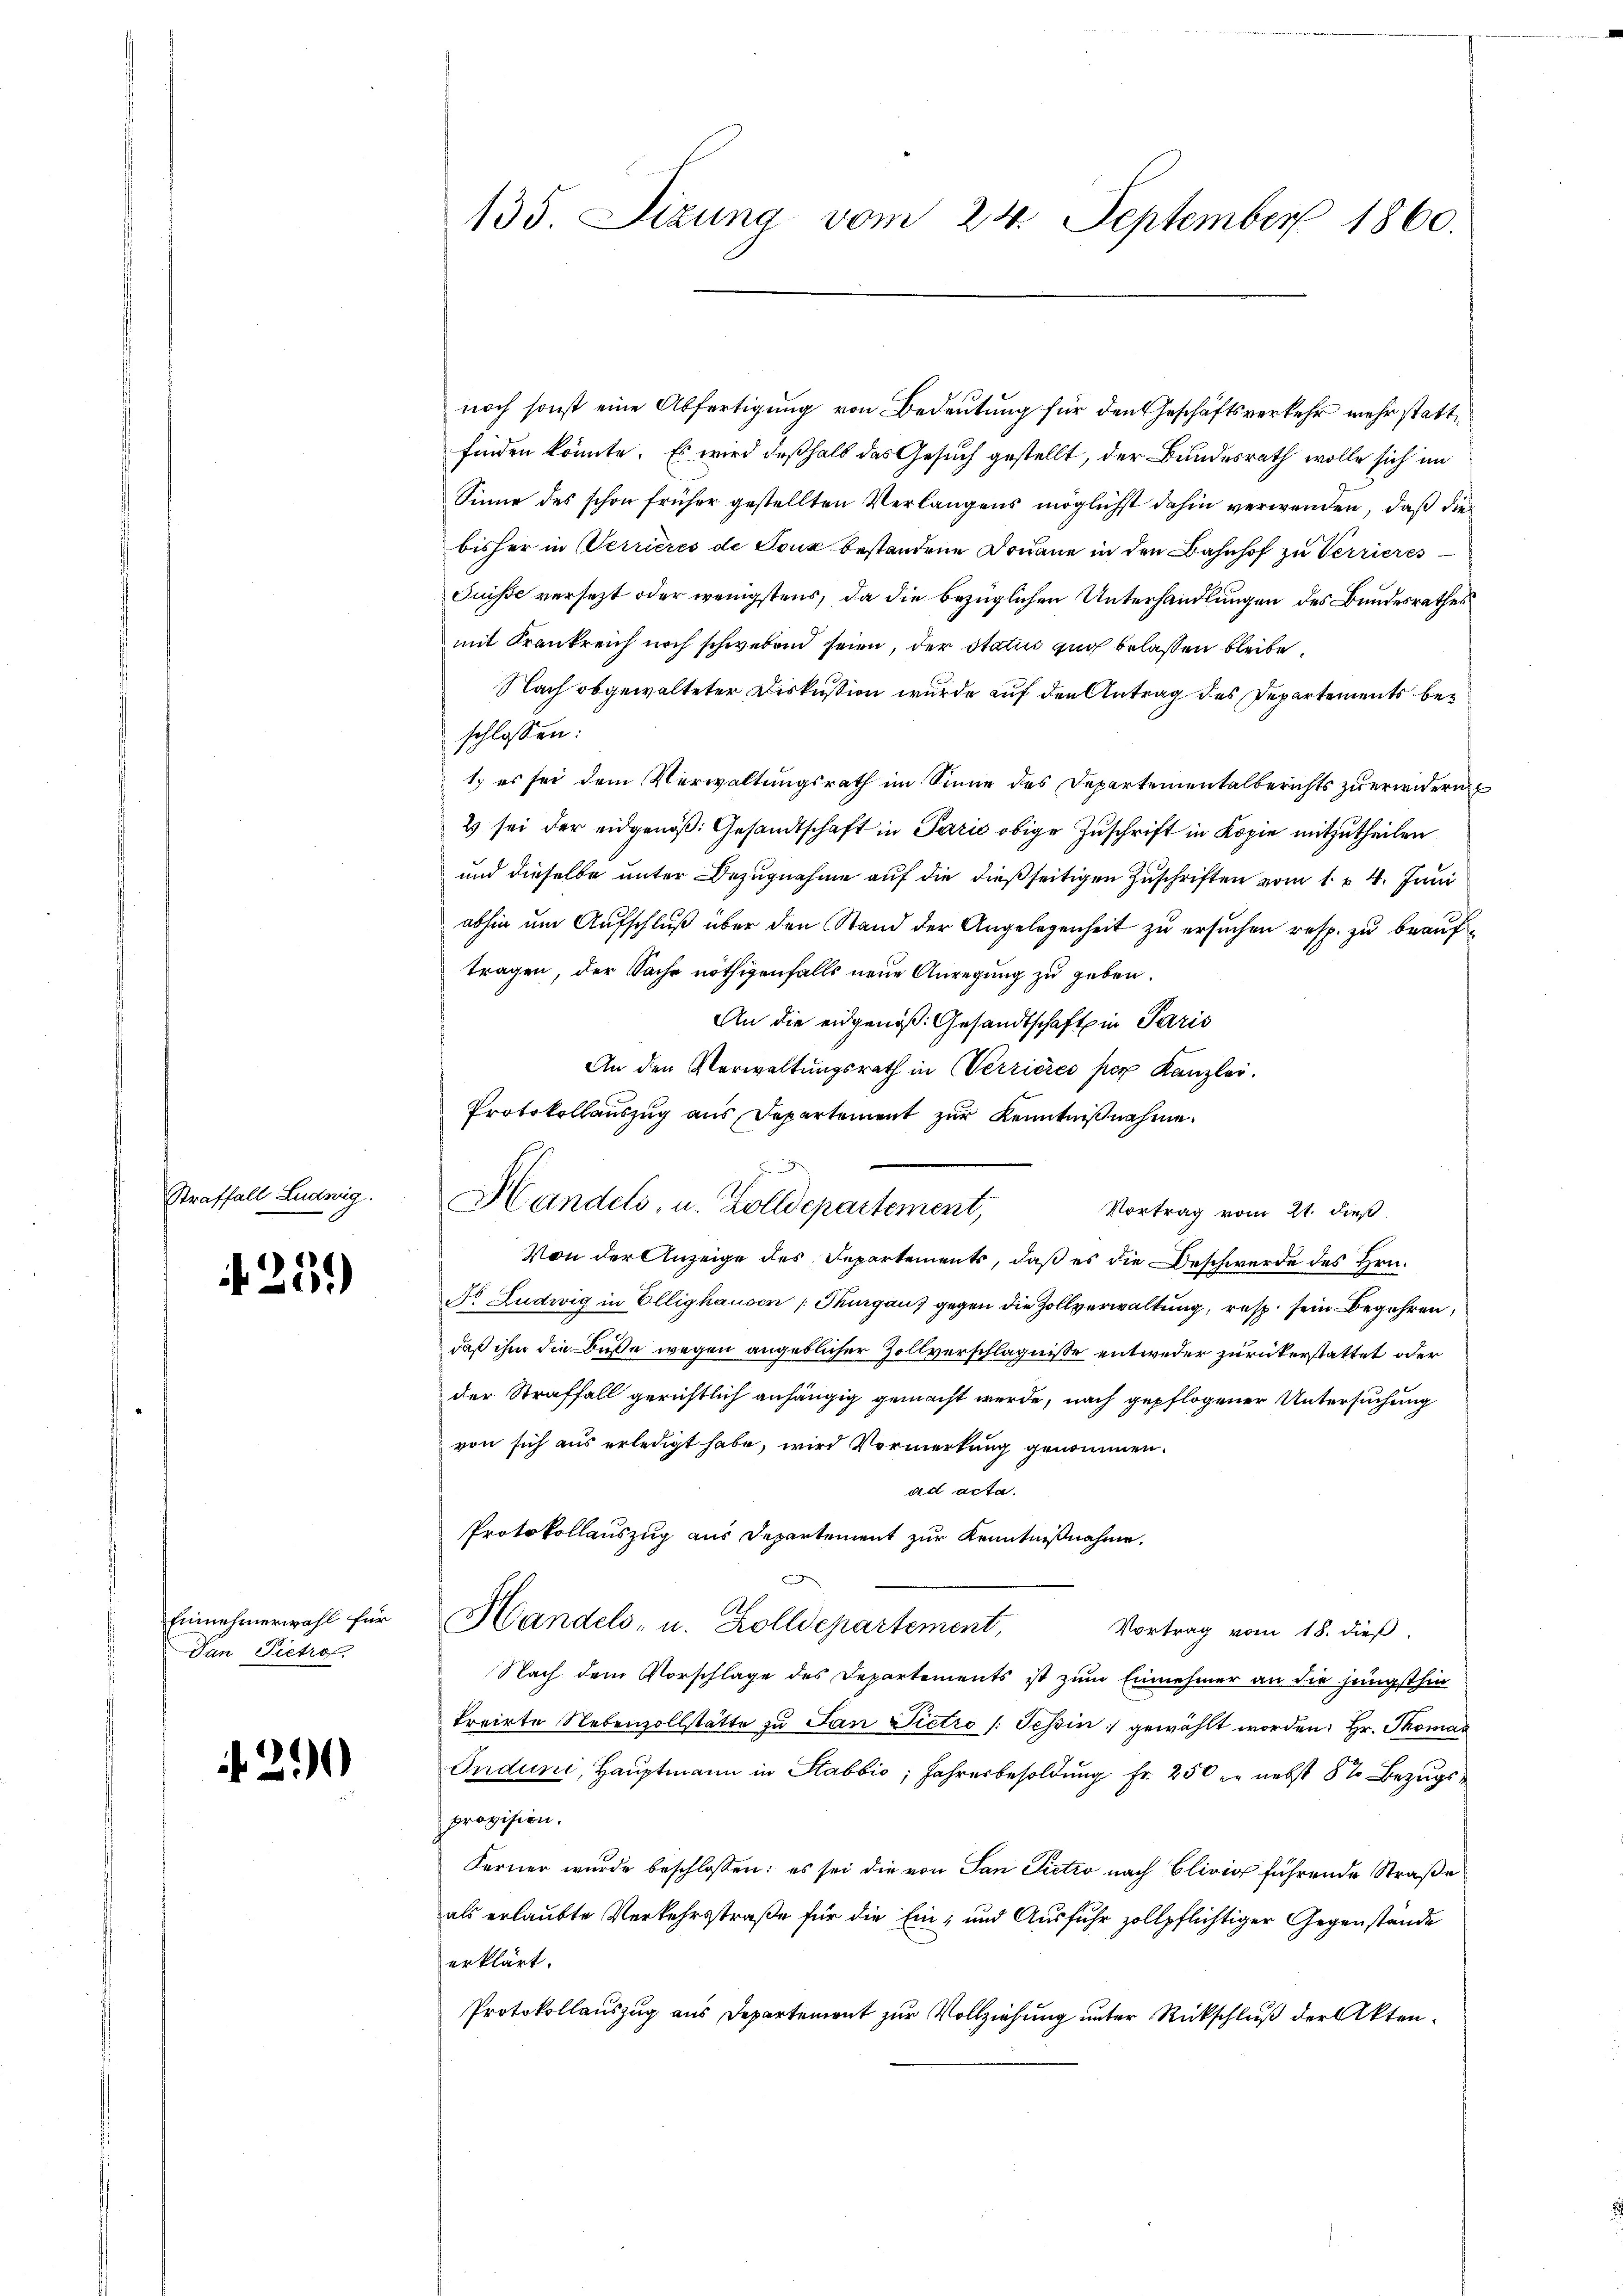
Straffall Ludring.

f259)

Einnehmerwahl für
Dan Pietro

29

135 Sizung vom 24. September 1860.

noch sonst eine Abfertigung von Bedeutung für den Geschäftsverkehr mehr stattfinden könnte. Es wird deßhalb das Gesuch gestellt, der Bundesrath wolle sich im
Sinne des schon früher gestellten Verlangens möglichst dahin verwenden, daß die
bisher in Terrieres de Tonk bestandene Donaue in den Bahnhof zu Verrieres
Puisse versezt oder wenigstens, da die bezüglichen Unterhandlungen des Bundesrathes
mit Krankreich noch schwebend seien, der Status zur belassen bleibe,
Nach obgewalteter Diskussion wurde auf den Antrag des Departements beschlossen:
1.) es sei dem Verwaltungsrath im Sinne des Departementalberichts zu erwidern
2 sei der eidgenöß: Gesandtschaft in Parić obige Zuschrift in Kopie mitzutheilen
und dieselbe unter Bezugnahme auf die dießseitigen Zuschriften vom 1. v. 4. Juni
abhin um Aufschluß über den Stand der Angelegenheit zu ersuchen resp. zu beauf
tragen, der Sache nöthigenfalls neue Anregung zu geben.
An die eidgenoß. Gesandtschaft in Paris
An den Verwaltungsrath in Verrieres per Kanzlei.
Protokollauszug aus Departement zur Kenntnißnahme.
Handels, u. Zolldepartement,
Vortrag vom 21. dieß
Von der Anzeige des Repartements, daß es die Beschwerde des Hrn.
Nr Ludwig in Ellighausen Thurgaus gegen die Zollverwaltung, resp. sein Begehren.
daß ihm die Buße wegen angeblicher Zollverschlägnisse entweder zurückerstattet oder
der Straffall gerichtlich anhängig gemacht werde, nach gepflogener Untersuchung
von sich aus erledigt habe, wird Vormerkung genommen.
ad acta.
Protokollauszug aus Departement zur Kenntnißnahme.
Handels- u. Zolldepartement,
Vortrag vom 15. dieß.
Nach dem Vorschlage des Departements ist zum Einnehmer an die jüngsthin
treirte Nebenzollstätte zu San Pietro /: Tessin gewählt worden. Hr. Thomas
Indung, Hauptmann in Stabbio; Jahresbesoldung Fr. 250 er nebst 5% Bezugsprovision.
Ferner wurde beschlossen: es sei die von San Pietzo nach Clivio führende Straße
als erlaubte Verkehrsstraße für die Ein- und Ausfuhr zollpflichtiger Gegenstände
erklärt.
Protokollauszug aus Departement zur Vollziehung unter Rückschluß der Akten¬